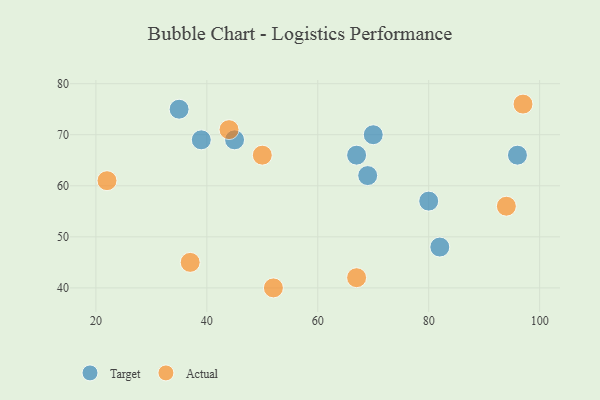
{"axis": {"x": "GDP", "y": "Life Expectancy"}, "legend": ["Actual", "Target"], "data": [{"x": "82", "y": 48, "type": "Target"}, {"x": "80", "y": 57, "type": "Target"}, {"x": "67", "y": 66, "type": "Target"}, {"x": "35", "y": 75, "type": "Target"}, {"x": "39", "y": 69, "type": "Target"}, {"x": "70", "y": 70, "type": "Target"}, {"x": "69", "y": 62, "type": "Target"}, {"x": "45", "y": 69, "type": "Target"}, {"x": "96", "y": 66, "type": "Target"}, {"x": "50", "y": 66, "type": "Actual"}, {"x": "67", "y": 42, "type": "Actual"}, {"x": "94", "y": 56, "type": "Actual"}, {"x": "97", "y": 76, "type": "Actual"}, {"x": "44", "y": 71, "type": "Actual"}, {"x": "22", "y": 61, "type": "Actual"}, {"x": "52", "y": 40, "type": "Actual"}, {"x": "37", "y": 45, "type": "Actual"}]}